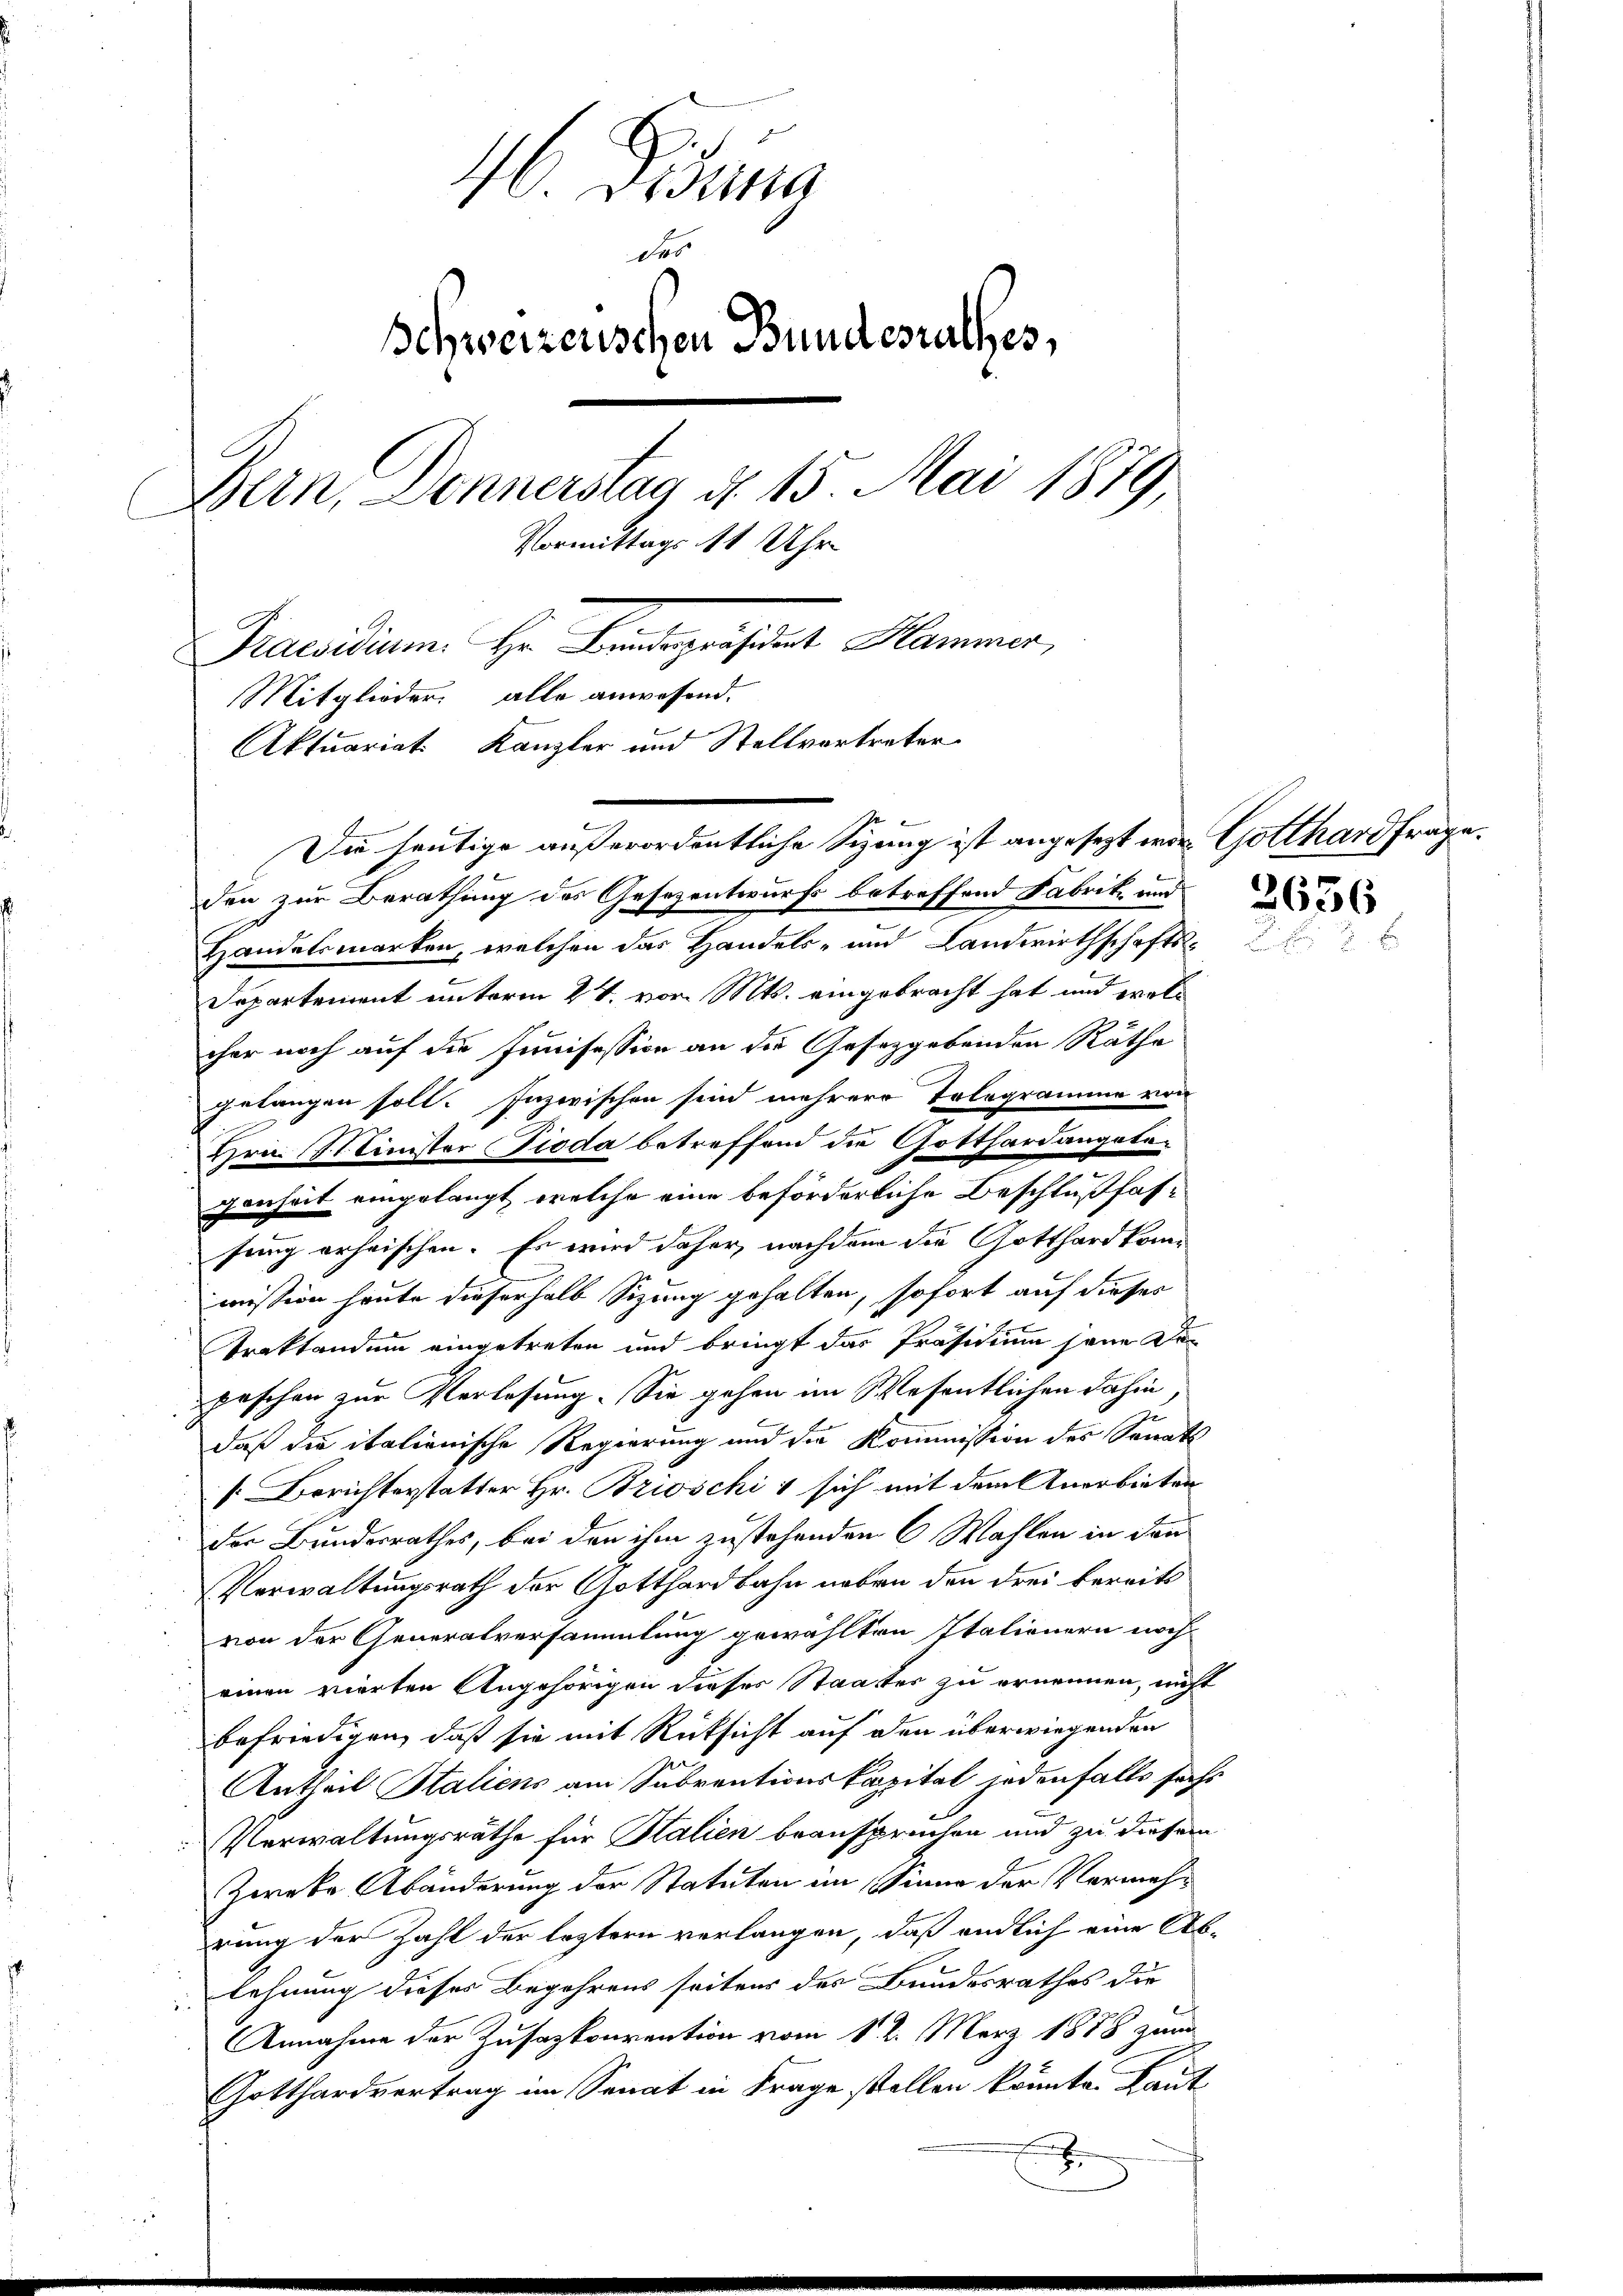
46 Fidung
des
Schweizerischen Bundesrathes,
Bern, Donnerstag d. 15. Mai 1879
.
Vormittags 11 Uhr
Praesidium. Hr. Landespräsident Hammer,
Mitglieder alle anwesend.
Aktuariat. Kanzler und Stellvertreter

Die heutige außerordentliche Sizung ist angesezt wir Gotthard frage.
den zur Berathung des Gesezentwurfs betreffend Fabrik und
Handelsmarken, welchen das Handels- und Landwirthschafts-
Departement unterm 24. vor. Mts. eingebracht hat und woll
cher noch auf die Junisession an die Gesetzgebenden Räthe
gelangen soll. Inzwischen sind mehrere Telegramme von
Hrn. Minister Pioda betreffend die Gotthardangelegenheit eingelangt, welche eine beförderliche Beschlußfassung erheischen. Es wird daher, nachdem die Gotthardkommission heute dieserhalb Sizung gehalten, sofort auf dieses
Traktandum eingetreten und bringt das Präsidium seine Depeschen zur Verlesung. Sie gehen im Wesentlichen dahin
daß die italienische Regierung und die Kommission des Sanats
[Berichterstatter Hr. Brioschi sich mit dem Anerbieten
der Bundesrathes, bei den ihm zustehenden 6 Wahlen in den
Verwaltungsrath der Gotthardbahn neben den drei bereits
von der Generalversammlung gewählten Italienern noch
einen vierten Angehörigen dieses Staates zu ernennen, nicht
befriedigen, daß sie mit Rücksicht auf den überwiegenden
Antheil Staliens am Subventionskapital jedenfalls sechs
Verwaltungsräthe für Salien beansprüchen und zu diesem
Zweke Abänderung der Statuten im Sinne der Vermehrung der Zahl der leztern verlangen, daß endlich eine Ablehnung dieses Begehrens seitens des Bundesrathes die
Annahme der Kusazkonvention vom 12. März 1878 zum
Gotthardvertrag im Senat in Frage stellen könnte. Laut